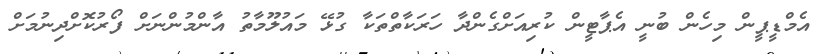
އެމްޑީޕީން މިހެން ބުނީ އެޕާޓީން ކުރިއަށްގެންދާ ހަރަކާތްތަކާ ގުޅޭ މައުލޫމާތު އާންމުންނަށް ފޯރުކޮށްދިނުމަށް